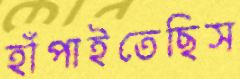
হাঁপাইতেছিস